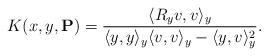
LaTeX: \begin{align*}K(x,y,\mathbf{P})=\frac{\langle R_y v,v\rangle_y}{\langle y,y\rangle_y \langle v,v\rangle_y-\langle y,v\rangle_y^2}.\end{align*}